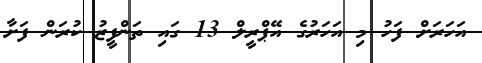
އަހަރަށް ފަހު މި އަހަރުގެ އޭޕްރީލް 13 ގައި ތަންފީޒު ކުރަން ފަށާ